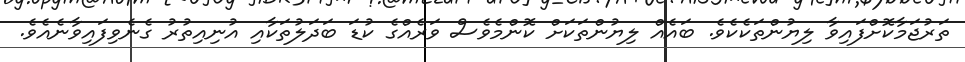
ތަރުޖަމާކޮށްފައިވާ ލިޔުންތަކެކެވެ. ބައެއް ލިޔުންތަކަށް ކޮންމެވެސް ވަރެއްގެ ކުޑަ ބަދަލުތަކާއި އުނިއިތުރު ގެނެވިފައިވާނެއެވެ.